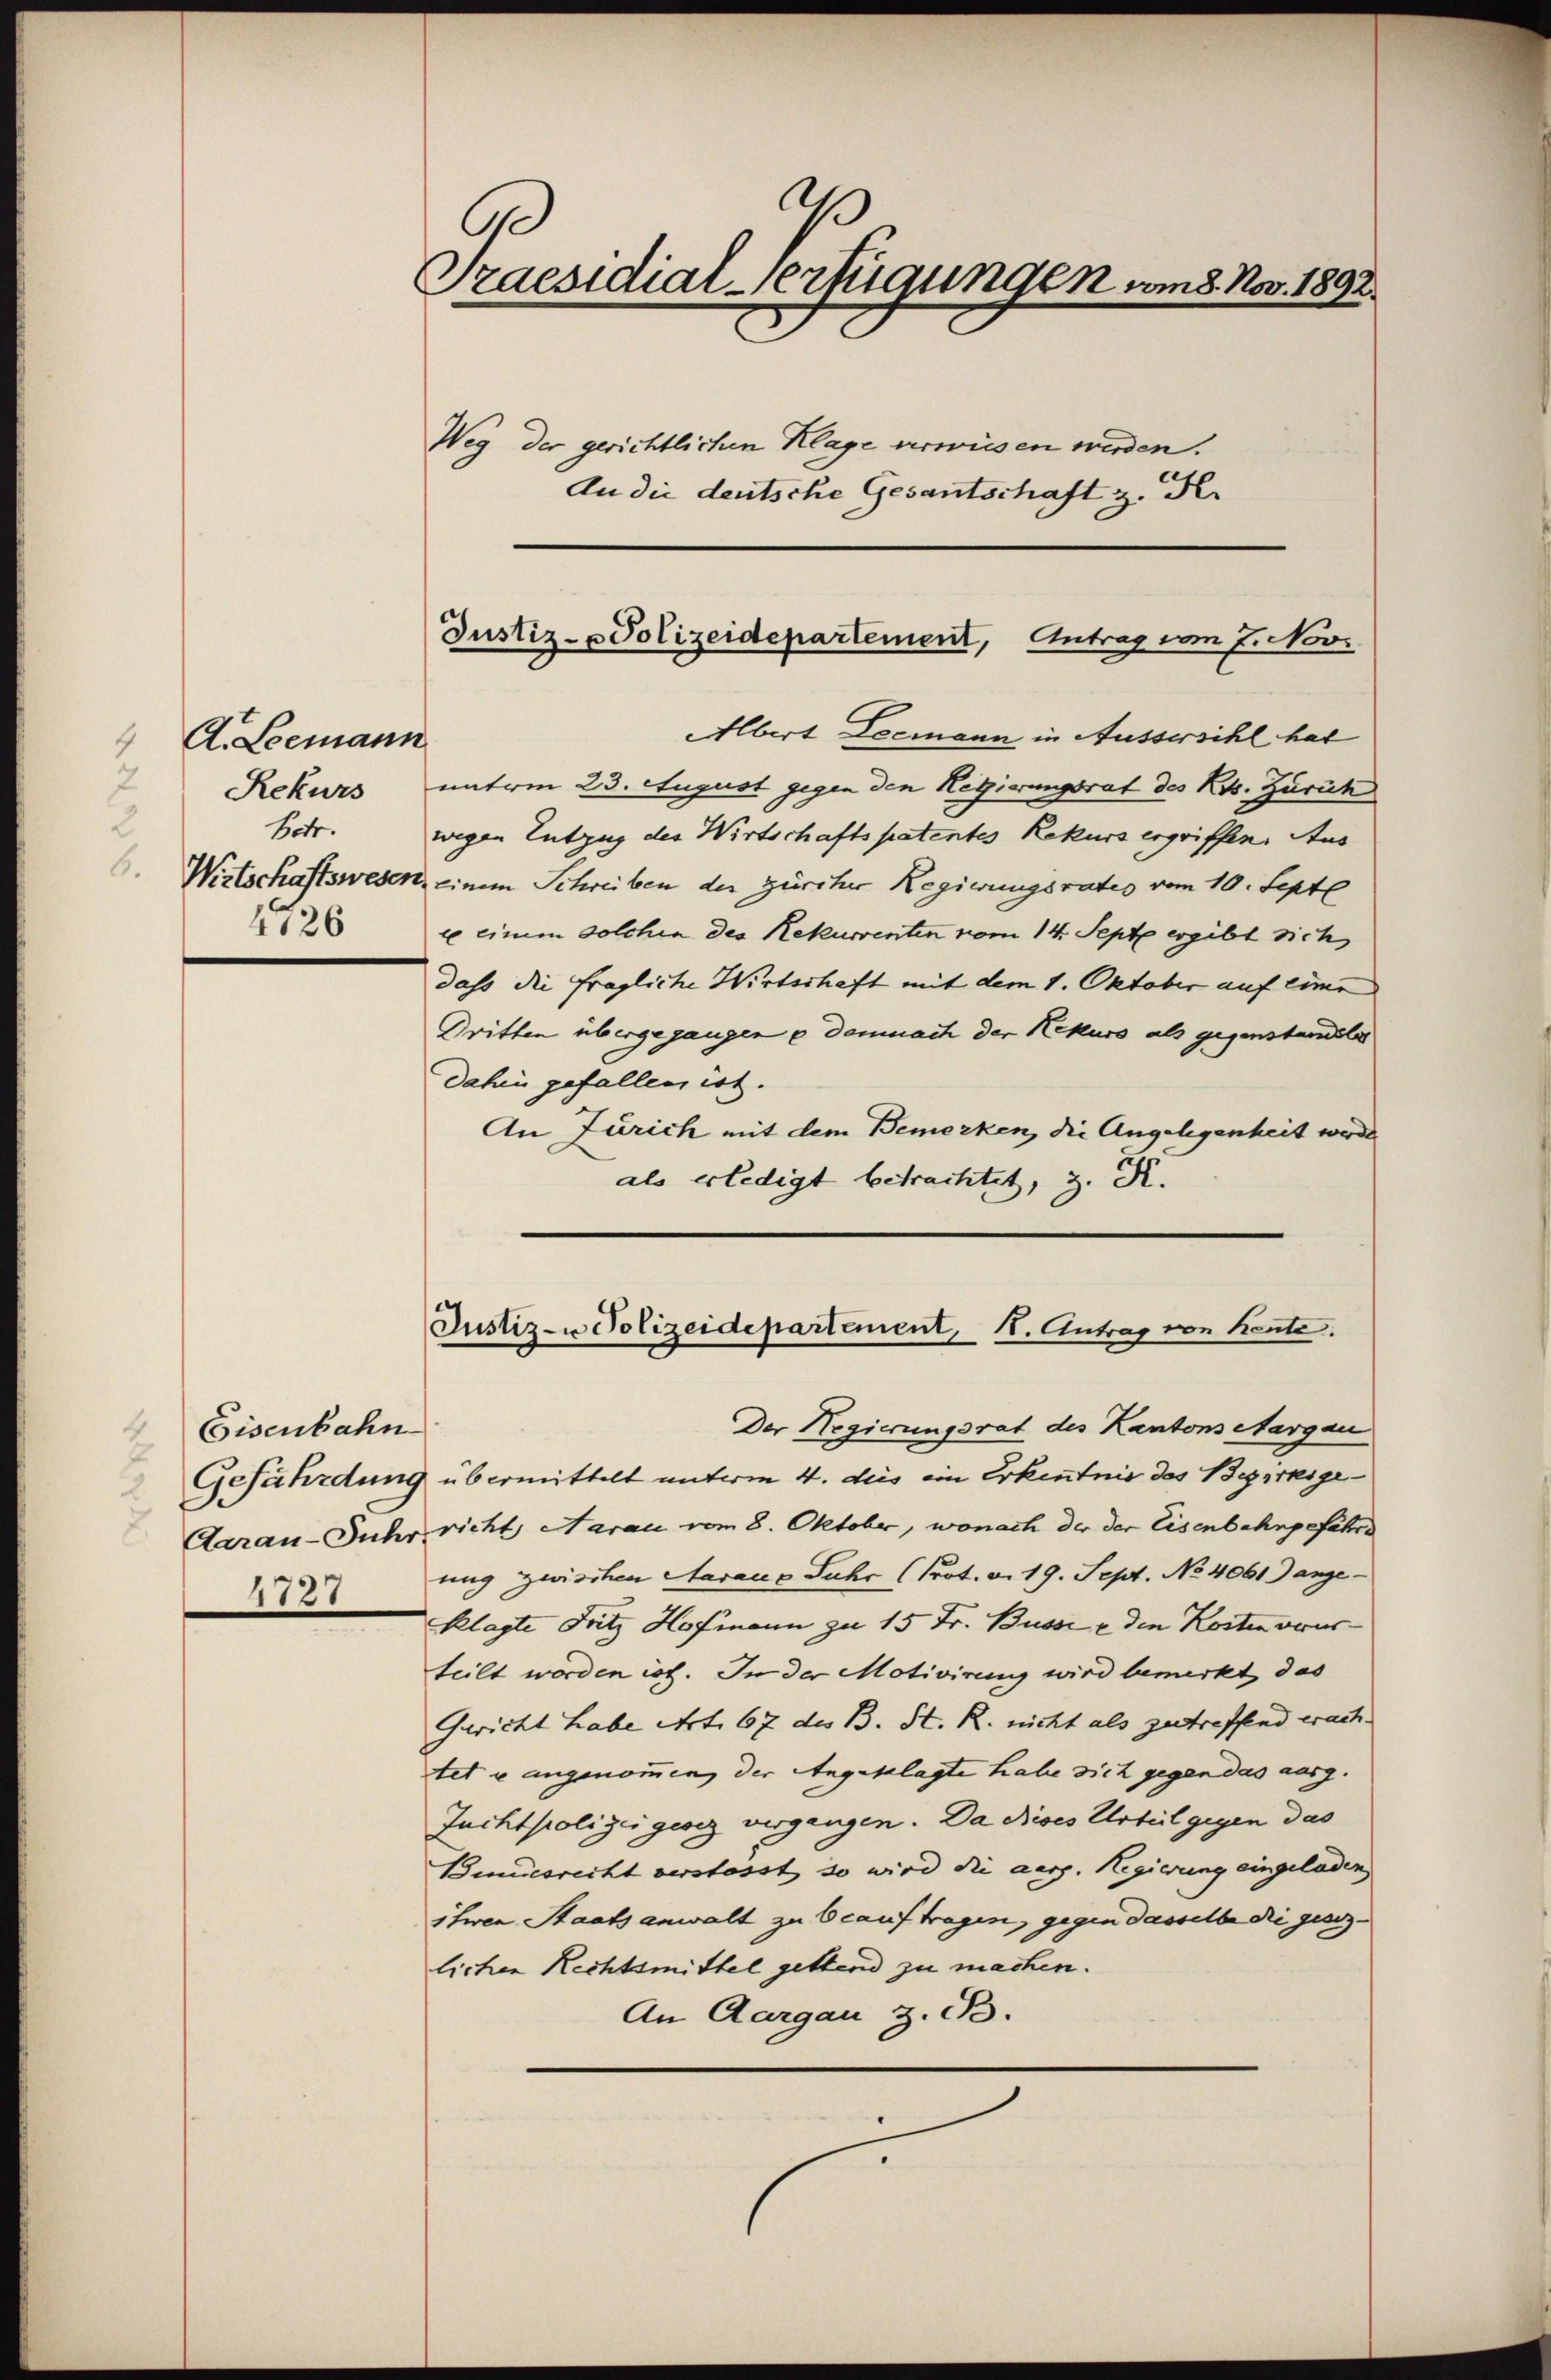
A. Leemann
7
Rekurs
2
Betr.
4126

Eisenbahn
4727

a
A
Praesidial-Verfügungen vom 8. Nov. 1892.

Weg der gerichtlichen Klage erwiesen werden.
An die deutsche Gesantschaft z. B.

Justiz-Polizeidepartement, Antrag vom 7. Nov.

Justiz- u Polizeidepartement, 1. Antrag von Kente.

Albert Leemann in Aussersihl hat
unterm 23. August gegen den Regierungsrat des Kts. Zürich
wegen Entzug des Wirtschaftspatentes Rekurs ergriffen. Aus
Wirtschaftswesen, einem Schreiben der zürcher Regierungsrates vom 10. Septe
xe einem solchen des Rekurrenten vom 14. Septe ergibt sich
dass die fragliche Wirtschaft mit dem 1. Oktober auf eine
Tritten übergegangen u demnach der Rekurs als gegenstandele
dahin gefallen ist.
An Zürich mit dem Bemerken, die Angelegenheit werde
als erledigt betrachtet, z. K.

Der Regierungsrat des Kantons Aargau
Gefährdung übermittelt unterm 4. des ein Erkenntnis des Bezirksge
Aarau-Juhr richt Narau vom 8. Oktober, wonach der der Eisenbahngefahre
ung zwischen Aaraus Jahr (Prot. v. 19. Sept. No. 4061 ange-
klagte Fritz Hofmann zu 15 Fr. Busse e den Kosten orus
teilt worden ist. In der Motivirung wird bemerkt das
Gericht habe Art. 67 des B. St. R. nicht als zutreffend erach
tet u angenommen, der Angeklagte habe sich gegen das ausg.
Juchtpolizei gesez vergangen. Da dises Urteil gegen das
Bundesrecht verstosst, so wird die aesp. Regierung eingeladen
ihen Staatsanwalt zu beauftragen, gegen dasselbe die gesezlichen Rechtsmittel gettend zu machen.
An Aargau z. B.